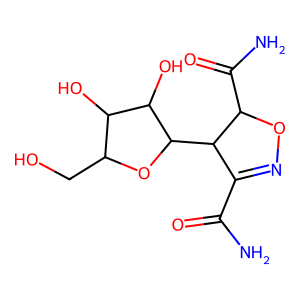
SMILES: NC(=O)C1=NOC(C(N)=O)C1C1OC(CO)C(O)C1O
Inhibits HIV replication: No